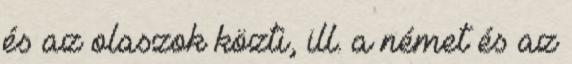
és az olaszok közti, ill. a német és az